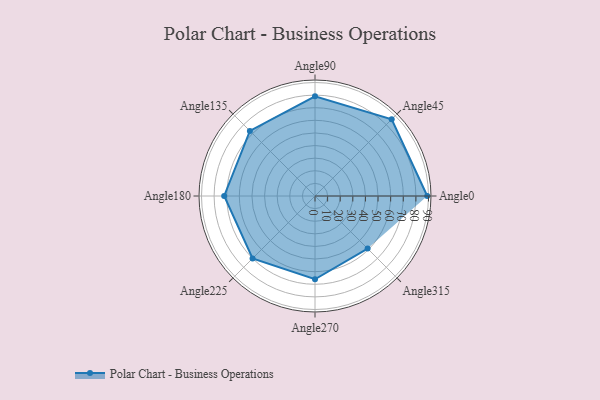
{"axis": {"x": "Angle", "y": "Radius"}, "legend": [""], "data": [{"x": "Angle0", "y": 89.0, "type": ""}, {"x": "Angle45", "y": 86.0, "type": ""}, {"x": "Angle90", "y": 79.0, "type": ""}, {"x": "Angle135", "y": 73.0, "type": ""}, {"x": "Angle180", "y": 72.0, "type": ""}, {"x": "Angle225", "y": 70.0, "type": ""}, {"x": "Angle270", "y": 66.0, "type": ""}, {"x": "Angle315", "y": 59.0, "type": ""}]}